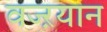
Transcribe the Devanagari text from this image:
वज्ऱयान